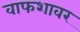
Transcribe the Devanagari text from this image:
वाफशावर